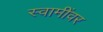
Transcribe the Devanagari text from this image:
स्वामींवर